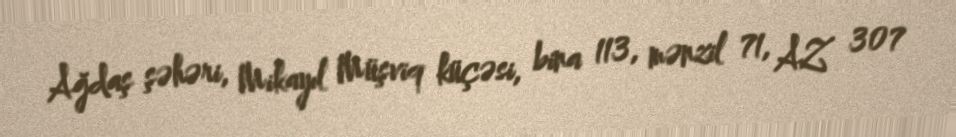
Ağdaş şəhəri, Mikayıl Müşviq küçəsi, bina 113, mənzil 71, AZ 307